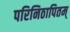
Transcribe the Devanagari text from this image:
परिनिठापितम्